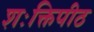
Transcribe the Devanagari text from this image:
शःक्तिपीठ